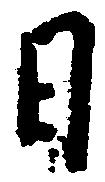
日